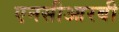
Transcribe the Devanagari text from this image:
एनसीआरबी